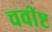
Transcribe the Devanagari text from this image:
चवीष्ट